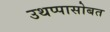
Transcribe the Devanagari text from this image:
उथप्पासोबत